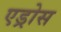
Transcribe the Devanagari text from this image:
एड्रोस